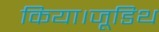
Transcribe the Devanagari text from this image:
किया।जूडिथ